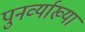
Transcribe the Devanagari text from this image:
पुनर्व्‍याख्‍या